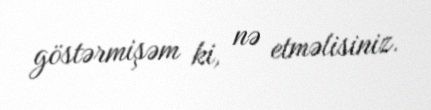
göstərmişəm ki, nə etməlisiniz.